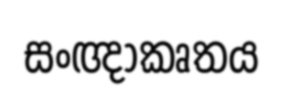
සංඥාකෘතය